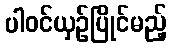
ပါဝင်ယှဉ်ပြိုင်မည့်